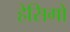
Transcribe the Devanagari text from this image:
हेसिगो